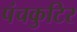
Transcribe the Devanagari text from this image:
पंचकुटिर